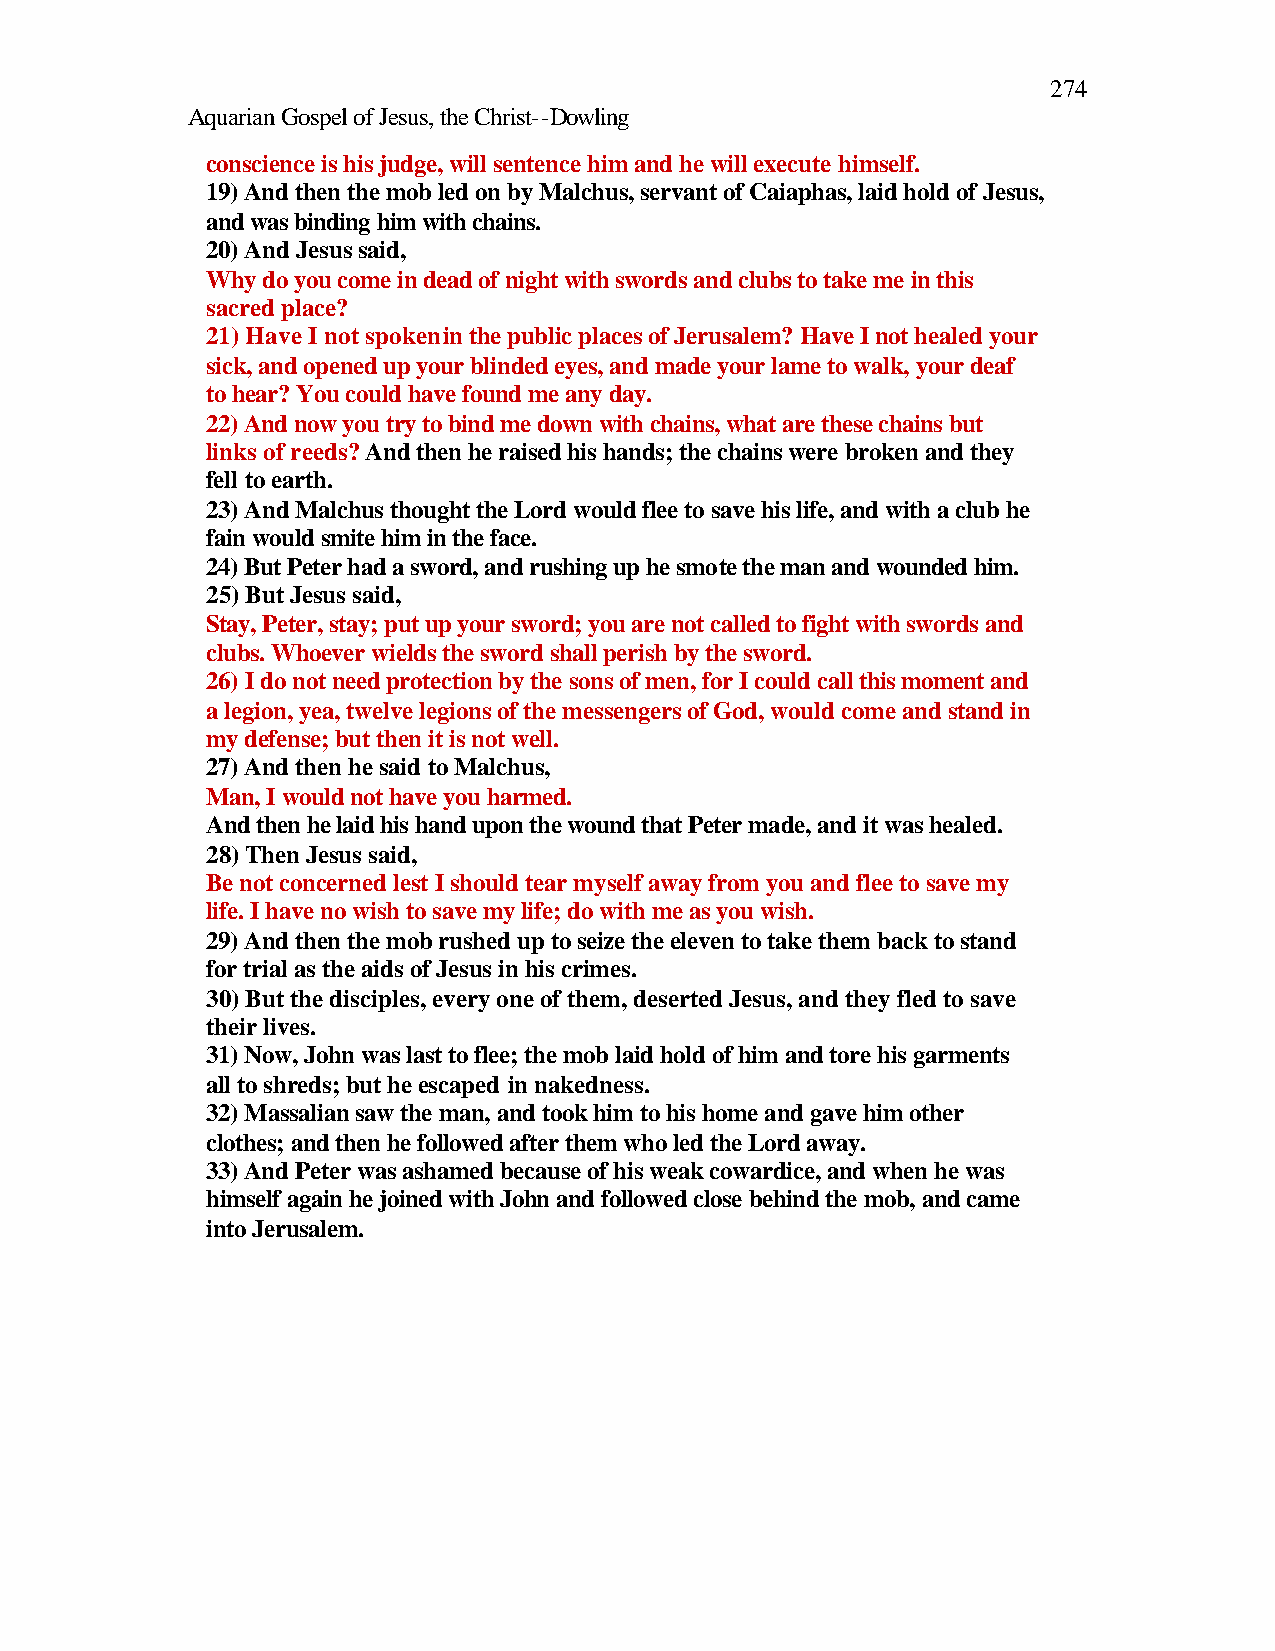
274
 Aquarian Gospel of Jesus, the Christ--Dowling
 conscience is his judge, will sentence him and he will execute himself.
 19) And then the mob led on by Malchus, servant of Caiaphas, laid hold of Jesus,
 and was binding him with chains.
 20) And Jesus said,
 Why do you come in dead of night with swords and clubs to take me in this
 sacred place?
 21) Have I not spoken in the public places of Jerusalem? Have I not healed your
 sick, and opened up your blinded eyes, and made your lame to walk, your deaf
 to hear? You could have found me any day.
 22) And now you try to bind me down with chains, what are these chains but
 links of reeds? And then he raised his hands; the chains were broken and they
 fell to earth.
 23) And Malchus thought the Lord would flee to save his life, and with a club he
 fain would smite him in the face.
 24) But Peter had a sword, and rushing up he smote the man and wounded him.
 25) But Jesus said,
 Stay, Peter, stay; put up your sword; you are not called to fight with swords and
 clubs. Whoever wields the sword shall perish by the sword.
 26) I do not need protection by the sons of men, for I could call this moment and
 a legion, yea, twelve legions of the messengers of God, would come and stand in
 my defense; but then it is not well.
 27) And then he said to Malchus,
 Man, I would not have you harmed.
 And then he laid his hand upon the wound that Peter made, and it was healed.
 28) Then Jesus said,
 Be not concerned lest I should tear myself away from you and flee to save my
 life. I have no wish to save my life; do with me as you wish.
 29) And then the mob rushed up to seize the eleven to take them back to stand
 for trial as the aids of Jesus in his crimes.
 30) But the disciples, every one of them, deserted Jesus, and they fled to save
 their lives.
 31) Now, John was last to flee; the mob laid hold of him and tore his garments
 all to shreds; but he escaped in nakedness.
 32) Massalian saw the man, and took him to his home and gave him other
 clothes; and then he followed after them who led the Lord away.
 33) And Peter was ashamed because of his weak cowardice, and when he was
 himself again he joined with John and followed close behind the mob, and came
 into Jerusalem.